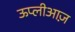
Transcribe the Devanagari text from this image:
ऊप्लीआज़